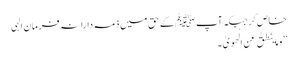
خاص کر جبکہ آپﷺ کے حق میں ذمہ دارانہ فرمان الہی
’’وَمَا یَنطِقُ عَنِ الْهَوَیٰ ۔